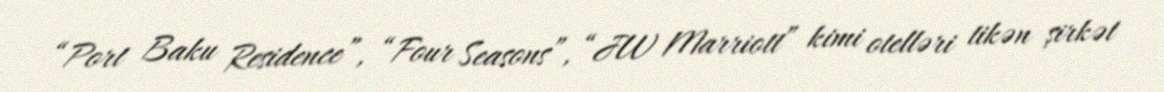
“Port Baku Residence”, “Four Seasons”, “JW Marriott” kimi otelləri tikən şirkət